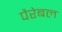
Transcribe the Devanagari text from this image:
पैरेबल